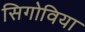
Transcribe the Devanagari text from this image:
सिगोविया